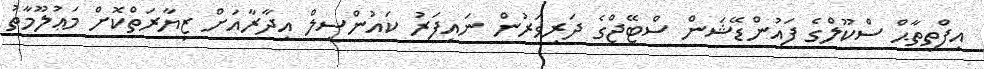
އިފްތިތާޙް ސްކޫލްގެ ފައުންޑޭޝަން ސްޓޭޖްގެ ދަރިވަރުން ނައިފަރު ކައުންސިލް އިދާރާއަށް ޒިޔާރަތްކޮށް މަޢުލޫމާތު